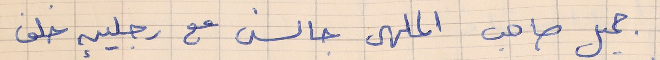
جميل صاحب الملهى جالس مع رجلين خلف